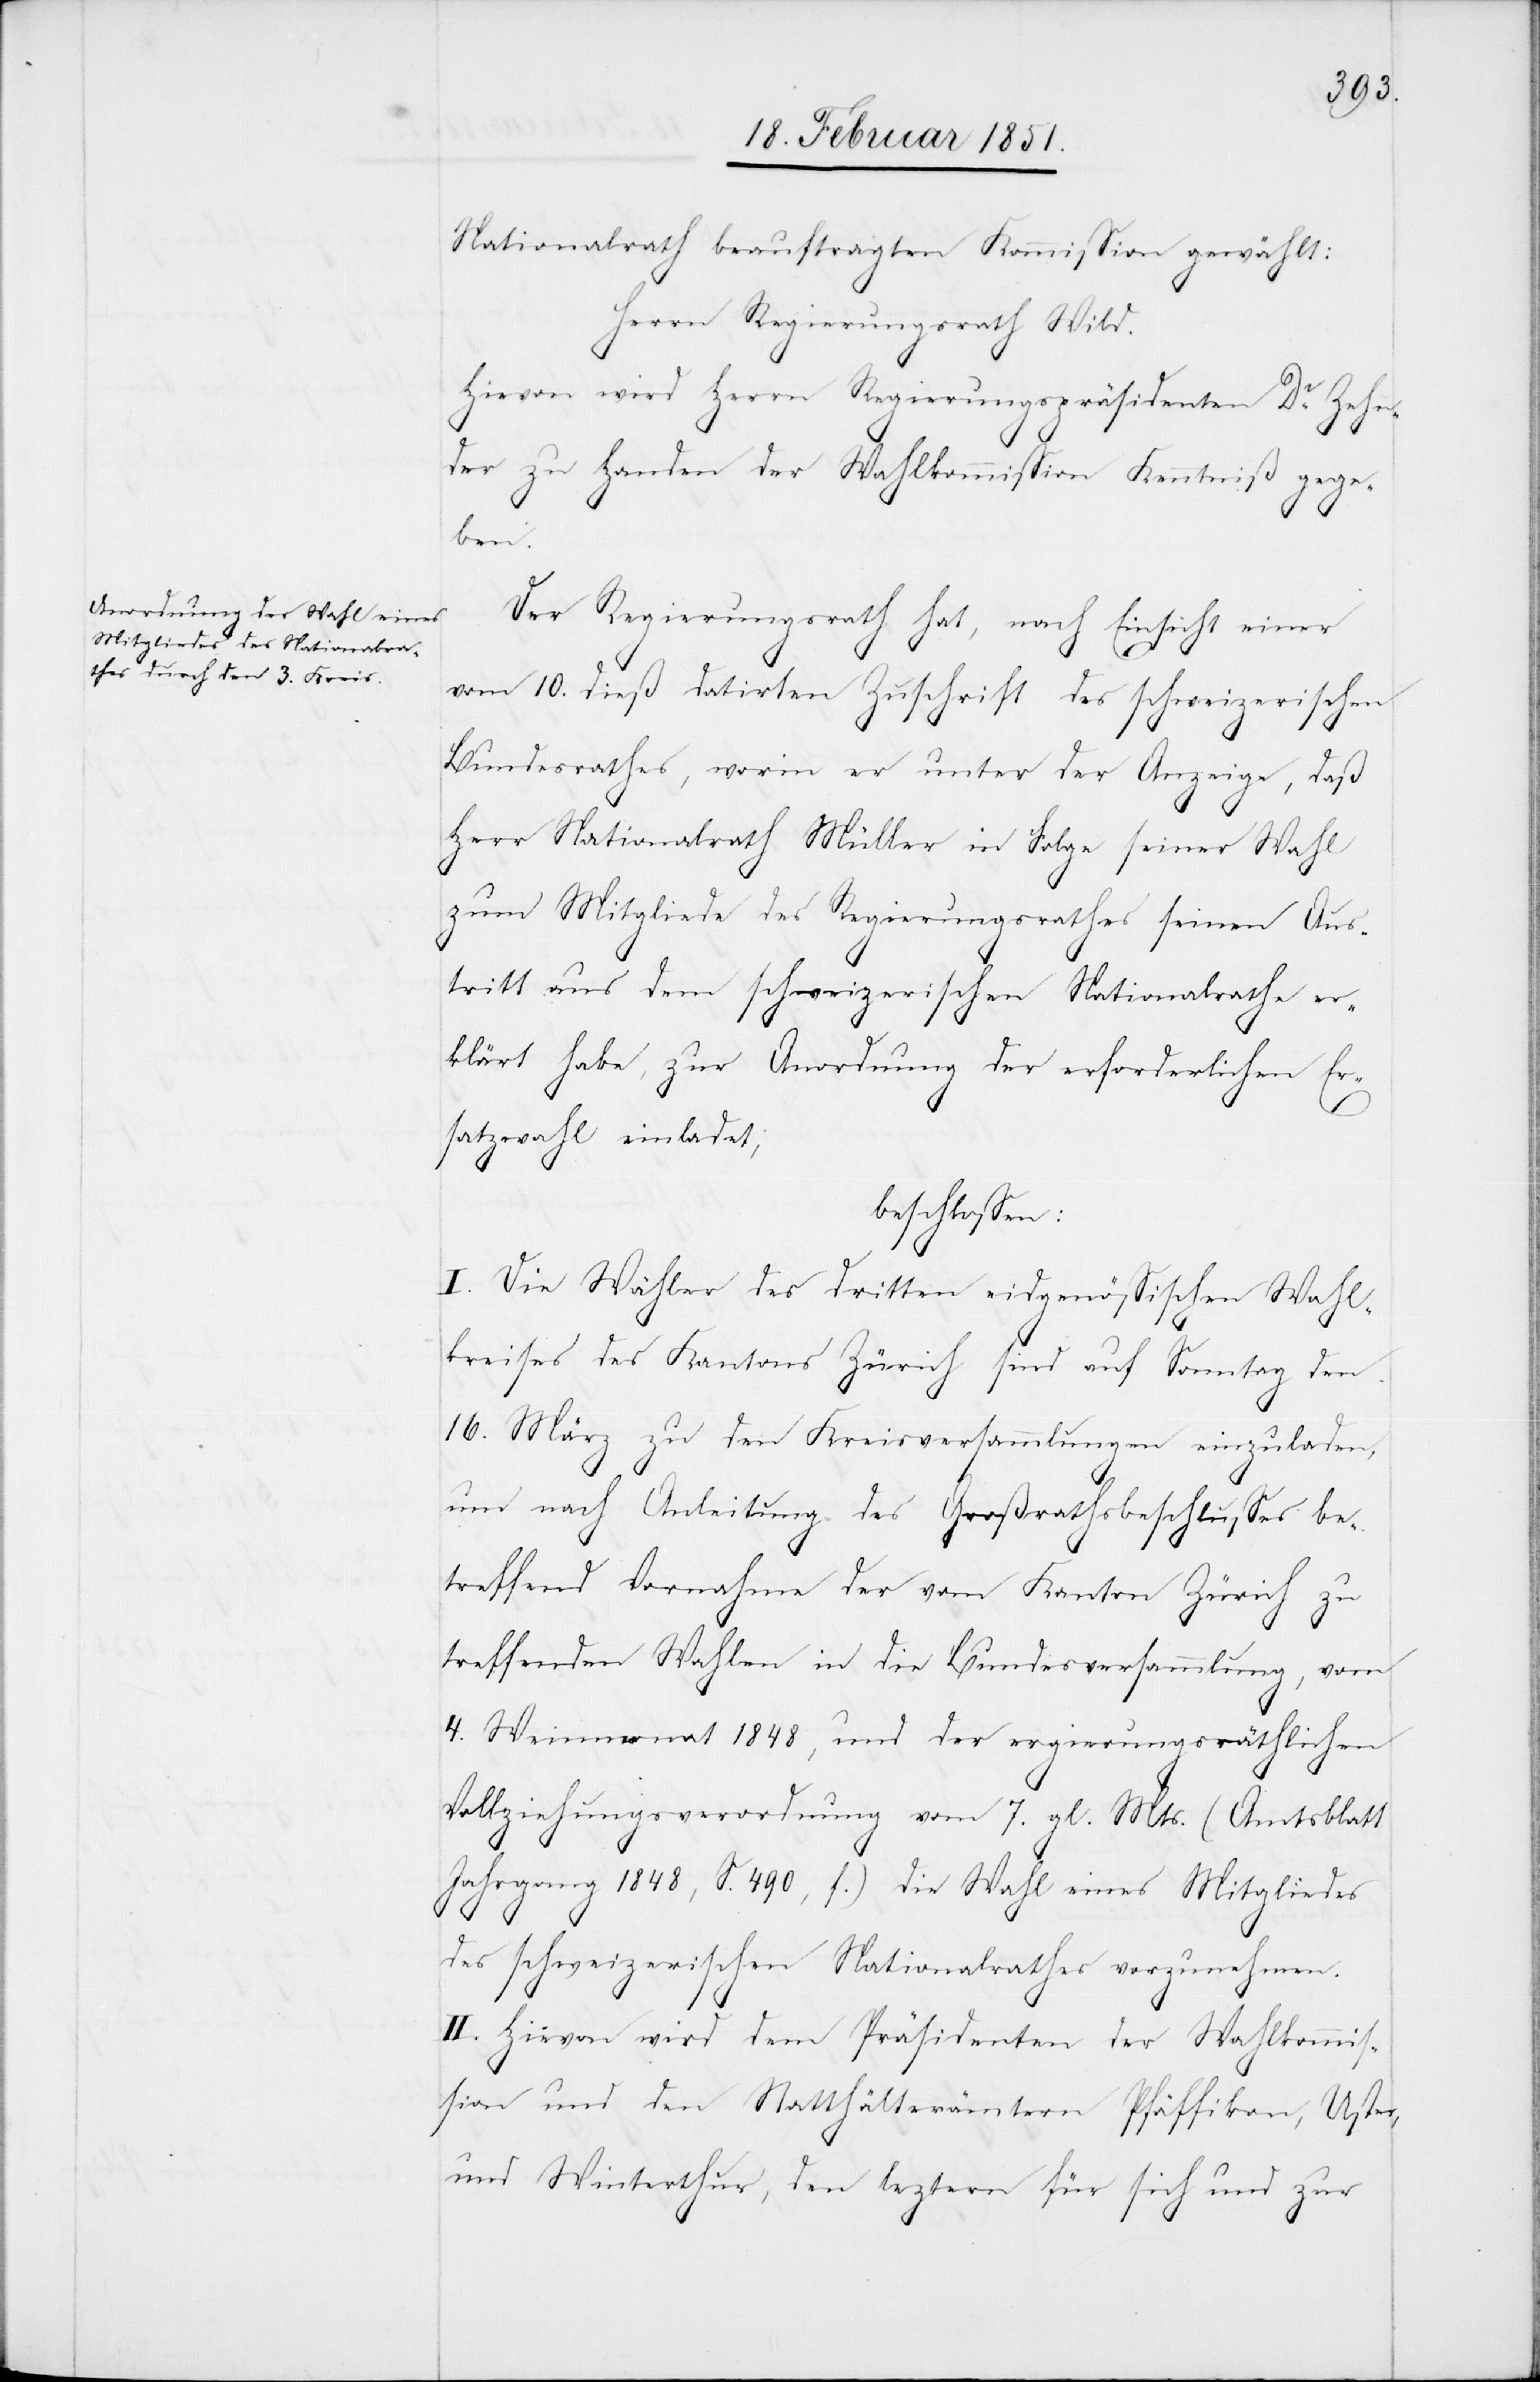
Nationalrath beauftragten Kommission gewählt:
Herrn Regierungsrath Wild.
Hievon wird Herrn Regierungspräsidenten Dr. Zehn¬
der zu Handen der Wahlkommission Kenntniß gege¬
ben.
Der Regierungsrath hat, nach Einsicht einer
vom 10. dieß datirten Zuschrift des schweizerischen
Bundesrathes, worin er unter der Anzeige, daß
Herr Nationalrath Müller in Folge seiner Wahl
zum Mitgliede des Regierungsrathes seinen Aus¬
tritt aus dem schweizerischen Nationalrathe er¬
klärt habe, zur Anordnung der erforderlichen Er¬
satzwahl einladet;
beschlossen:
I. Die Wähler des dritten eidgenössischen Wahl¬
kreises des Kantons Zürich sind auf Sonntag den
16. März zu den Kreisversammlungen einzuladen,
um nach Anleitung des Großrathsbeschlusses be¬
treffend Vornahme der vom Kanton Zürich zu
treffenden Wahlen in die Bundesversammlung, vom
4. Weinmonat 1848, und der ergierungsräthlichen
Vollziehungsverordnung vom 7. gl. Mts. (Amtsblatt
Jahrgang 1848, S. 490, f.) die Wahl eines Mitgliedes
des schweizerischen Nationalrathes vorzunehmen.
II. Hievon wird dem Präsidenten der Wahlkommis¬
sion und den Statthälterämtern [sic!] Pfäffikon, Uster,
und Winterthur, den le[t]ztern für sich und zur